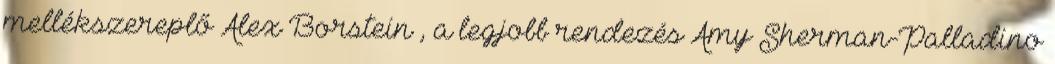
mellékszereplő Alex Borstein , a legjobb rendezés Amy Sherman-Palladino